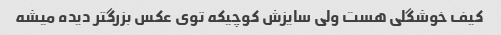
کیف خوشگلی هست ولی سایزش کوچیکه توی عکس بزرگتر دیده میشه